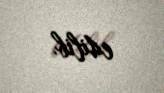
edilib.